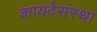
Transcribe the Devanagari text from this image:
कायदेसंस्था